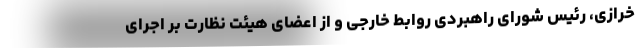
خرازی، رئیس شورای راهبردی روابط خارجی و از اعضای هیئت نظارت بر اجرای